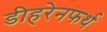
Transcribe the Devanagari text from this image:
डीहरेनफर्थ